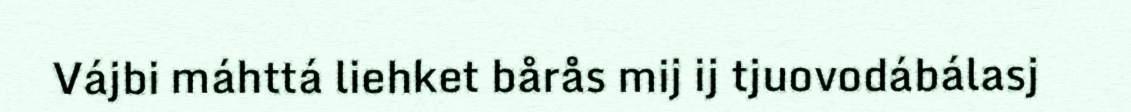
Vájbi máhttá liehket bårås mij ij tjuovodábálasj